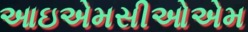
આઇએમસીઓએમ